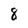
Character: 8